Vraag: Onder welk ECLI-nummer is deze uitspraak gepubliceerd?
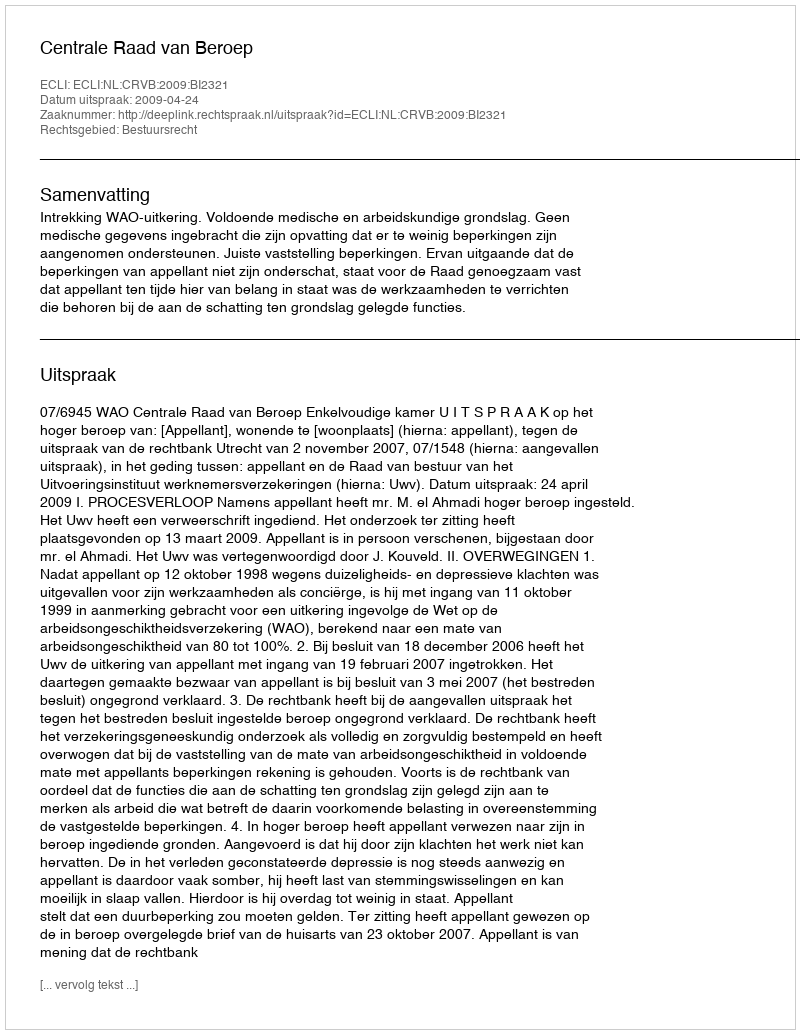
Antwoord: ECLI:NL:CRVB:2009:BI2321